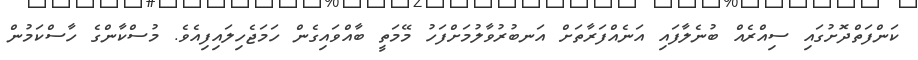
ކަންފަތްދޮށުގައި ސިއްރެއް ބުނެލާފައި އަނެއްފަރާތަށް އަނބުރުވާލުމަށްފަހު މޭމަތީ ބާއްވައިގެން ހަމަޖެހިލައިފިއެވެ. މުސްކާންގެ ހާސްކަމުން